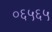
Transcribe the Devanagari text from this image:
०६५६५